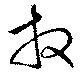
放